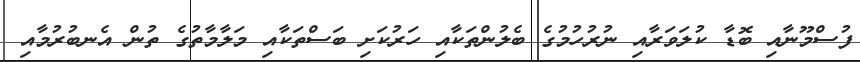
ފުސްމޫނާއި ބޮޑާ ކުލަވަރާއި ނުރުހުމުގެ ބެލުންތަކާއި ހަރުކަށި ބަސްތަކާއި މަލާމާތުގެ ތުން އެނބުރުމާއި